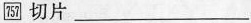
757切片___